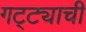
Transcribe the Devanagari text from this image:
गट्ट्याची